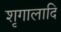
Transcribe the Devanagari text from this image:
शृगालादि